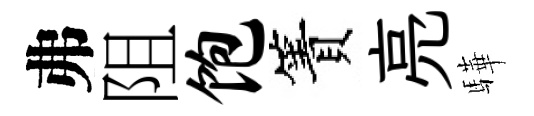
弗阻饱簀亮驊